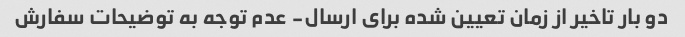
دو بار تاخیر از زمان تعیین شده برای ارسال- عدم توجه به توضیحات سفارش